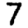
Digit: 7